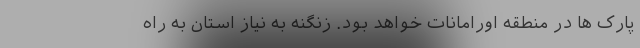
پارک ها در منطقه اورامانات خواهد بود. زنگنه به نیاز استان به راه